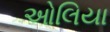
ઓલિયા